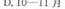
D.10—11月